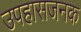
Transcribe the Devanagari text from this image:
उपहासजनक